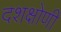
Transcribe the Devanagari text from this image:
दशक्षोणी